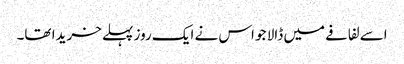
اسے لفافے میں ڈالا جو اس نے ایک روز پہلے خریدا تھا۔